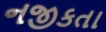
નજીકતા